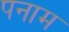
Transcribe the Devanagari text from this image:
पनाम